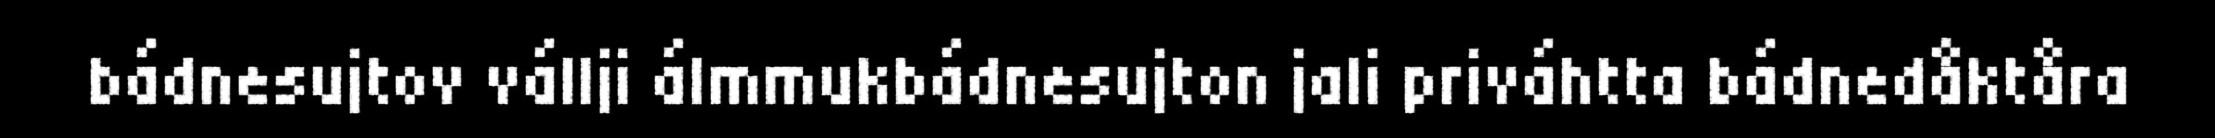
bádnesujtov vállji álmmukbádnesujton jali priváhtta bádnedåktåra